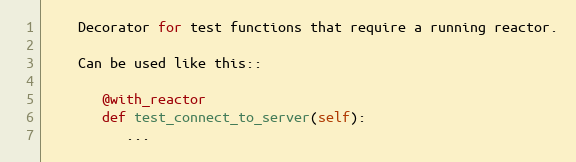
Language: Python
    Decorator for test functions that require a running reactor.

    Can be used like this::

       @with_reactor
       def test_connect_to_server(self):
          ...